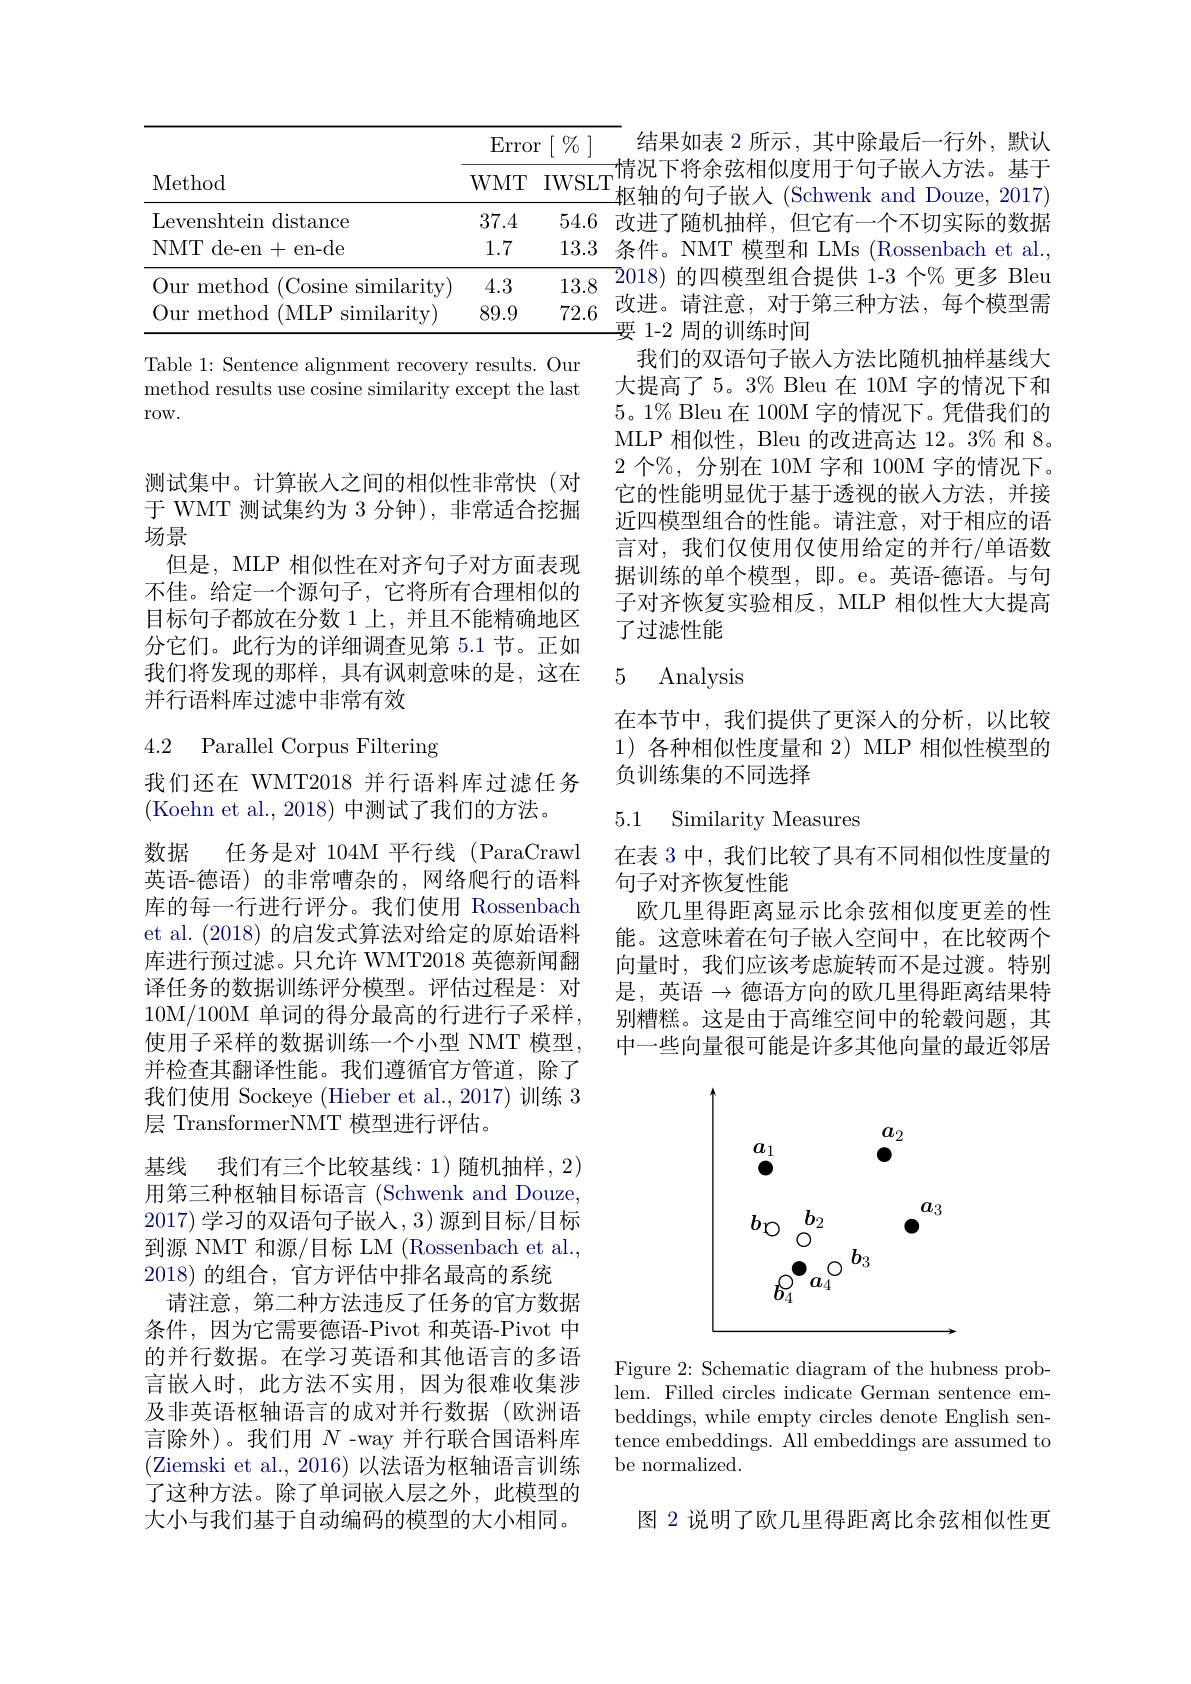
<table>
	<tbody>
		<tr>
			<th rowspan="2">Method</th>
			<th>$\left[\begin{array}{c}0&0\end{array}\right]$ 1 </th>
		</tr>
		<tr>
			<th>IWSLT</th>
		</tr>
		<tr>
			<td>Levenshtein distance</td>
			<td>54.6</td>
		</tr>
		<tr>
			<td>NMT de-en+en-de</td>
			<td>13.3</td>
		</tr>
		<tr>
			<td>Our method ${\mathrm{l}}($Cosine similarity)</td>
			<td>13.8</td>
		</tr>
		<tr>
			<td>Our method (MLP similaritv</td>
			<td>72.6</td>
		</tr>
	</tbody>
</table>

54.6改进了随机抽样，但它有一个不切实际的数据13.3条件。NMT 模型和 LMs (Rossenbach et al.,

Table 1: Sentence alignment recovery results. Our method results use cosine similarity except the last row.

测试集中。计算嵌入之间的相似性非常快(对于 WMT 测试集约为 3 分钟),非常适合挖掘场景
但是，MLP 相似性在对齐句子对方面表现不佳。给定一个源句子，它将所有合理相似的目标句子都放在分数 1 上，并且不能精确地区分它们。此行为的详细调查见第 5.1 节。正如我们将发现的那样，具有讽刺意味的是，这在并行语料库过滤中非常有效

# 4.2 Parallel Corpus Filtering

数据 任务是对 104M 平行线 (ParaCraw

我们还在 WMT2018 并行语料库过滤任务
(Koehn et al., 2018) 中测试了我们的方法。
英语-德语) 的非常嘈杂的，网络爬行的语料库的每一行进行评分。我们使用 Rossenbach et al. (2018)的启发式算法对给定的原始语料库进行预过滤。只允许 WMT2018 英德新闻翻译任务的数据训练评分模型。评估过程是：对10M/100M 单词的得分最高的行进行子采样， 使用子采样的数据训练一个小型 NMT 模型， 并检查其翻译性能。我们遵循官方管道，除了我们使用 Sockeye (Hieber et al.,2017) 训练 3层 TransformerNMT 模型进行评估。
基线 我们有三个比较基线：1)随机抽样，2) 用第三种枢轴目标语言(Schwenk and Douze, 2017)学习的双语句子嵌人，3)源到目标/目标到源 NMT 和源/目标 LM (Rossenbach et al., 2018)的组合，官方评估中排名最高的系统
请注意，第二种方法违反了任务的官方数据条件，因为它需要德语-Pivot 和英语-Pivot 中的并行数据。在学习英语和其他语言的多语言嵌入时，此方法不实用，因为很难收集涉及非英语枢轴语言的成对并行数据(欧洲语言除外)。我们用$N$ -way 并行联合国语料库(Ziemski et al., 2016) 以法语为枢轴语言训练了这种方法。除了单词嵌入层之外，此模型的大小与我们基于自动编码的模型的大小相同。

结果如表 2 所示，其中除最后一行外，默认一情况下将余弦相似度用于句子嵌人方法。基于$^{\perp}$枢轴的句子嵌入(Schwenk and Douze, 2017) $\overline{2}018)$的四模型组合提供 1-3 个% 更多 Bleu 改进。请注意，对于第三种方法，每个模型需要 1-2 周的训练时间
我们的双语句子嵌人方法比随机抽样基线大大提高了5。3% Bleu 在 10M 字的情况下和$5。1\%$ Bleu 在 100M 字的情况下。凭借我们的MLP 相似性，Bleu 的改进高达 12。3% 和 8。2 个$\mathscr{V}_0$, 分别在 10M 字和 100M 字的情况下。它的性能明显优于基于透视的嵌入方法，并接近四模型组合的性能。请注意，对于相应的语言对，我们仅使用仅使用给定的并行/单语数据训练的单个模型，即。e。英语-德语。与句子对齐恢复实验相反，MLP 相似性大大提高了过滤性能

## 5 Analysis

在本节中，我们提供了更深入的分析，以比较1)各种相似性度量和 2) MLP 相似性模型的负训练集的不同选择

## 5.1 Similarity Measures

在表 3 中，我们比较了具有不同相似性度量的
句子对齐恢复性能
欧几里得距离显示比余弦相似度更差的性能。这意味着在句子嵌人空间中，在比较两个向量时，我们应该考虑旋转而不是过渡。特别是，英语$\to$德语方向的欧几里得距离结果特别糟糕。这是由于高维空间中的轮毂问题，其中一些向量很可能是许多其他向量的最近邻居

<FigureHere>

Figure 2: Schematic diagram of the hubness problem. Filled circles indicate German sentence embeddings, while empty circles denote English sentence embeddings. All embeddings are assumed to be normalized

图 2 说明了欧几里得距离比余弦相似性更